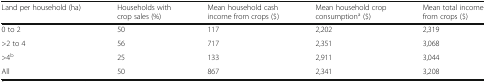
<table><thead><tr><td><b>Land per household (ha)</b></td><td><b>Households with crop sales (%)</b></td><td><b>Mean household cash income from crops ($)</b></td><td><b>Mean household crop consumption<sup>a</sup> ($)</b></td><td><b>Mean total income from crops ($)</b></td></tr></thead><tbody><tr><td>0 to 2</td><td>50</td><td>117</td><td>2,202</td><td>2,319</td></tr><tr><td>&gt;2 to 4</td><td>56</td><td>717</td><td>2,351</td><td>3,068</td></tr><tr><td>&gt;4<sup>b</sup></td><td>25</td><td>133</td><td>2,911</td><td>3,044</td></tr><tr><td>All</td><td>50</td><td>867</td><td>2,341</td><td>3,208</td></tr></tbody></table>